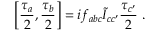
\left[ \frac { { \tau } _ { a } } 2 , \frac { { \tau } _ { b } } 2 \right] = i { f } _ { a b c } \tilde { I } _ { c c ^ { \prime } } \frac { \tau _ { c ^ { \prime } } } 2 \; .